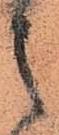
之